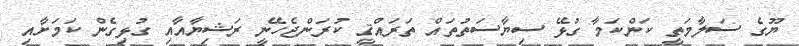
ޔޫގެ ސަލާމަތީ ކަންކަމާ ގުޅޭ ސިޔާސަތުތައް ތަރައްޤީ ކުރަންޖެހޭނީ ރަޝިޔާއާއި ގުޅިގެން ކަމަށާއި